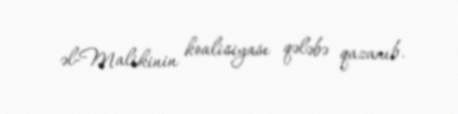
əl-Malikinin koalisiyası qələbə qazanıb.